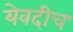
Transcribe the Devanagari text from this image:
येवदीच